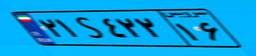
۲۱S۴۲۲۱۶